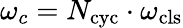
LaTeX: \omega_{c}=N_{\mathrm{cyc}}\cdot\omega_{\mathrm{cls}}